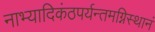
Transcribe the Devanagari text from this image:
नाभ्यादिकंठपर्यन्तमग्निस्थानं